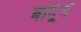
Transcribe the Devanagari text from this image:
बोर्दूने